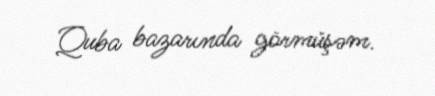
Quba bazarında görmüşəm.